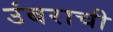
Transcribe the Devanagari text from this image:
उंबराची